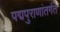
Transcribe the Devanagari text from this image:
पद्मपुराणांतर्गत